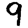
Digit: 9